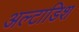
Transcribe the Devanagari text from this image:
अल्टाडिश